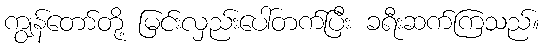
ကျွန်တော်တို့ မြင်းလှည်းပေါ်တက်ပြီး ခရီးဆက်ကြသည်။